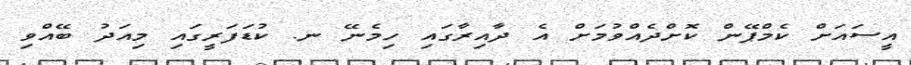
އީސައަށް ކެމްޕޭން ކޮށްދެއްވުމަށް އެ ދާއިރާގައި ހިމެނޭ ނ. ކުޑަފަރީގައި މިއަދު ބޭއްވި